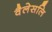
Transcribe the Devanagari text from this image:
वैलेसलि